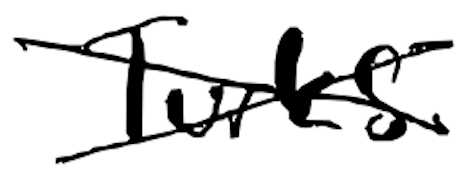
Text: Turks
Cross-out: cross
Writing tool: digital_black